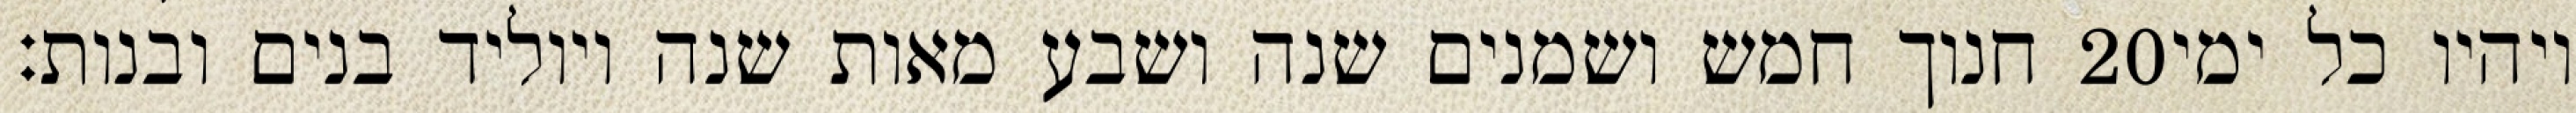
חנוך חמש ושמנים שנה ושבע מאות שנה ויוליד בנים ובנות׃ ‎20‏ ויהיו כל ימי